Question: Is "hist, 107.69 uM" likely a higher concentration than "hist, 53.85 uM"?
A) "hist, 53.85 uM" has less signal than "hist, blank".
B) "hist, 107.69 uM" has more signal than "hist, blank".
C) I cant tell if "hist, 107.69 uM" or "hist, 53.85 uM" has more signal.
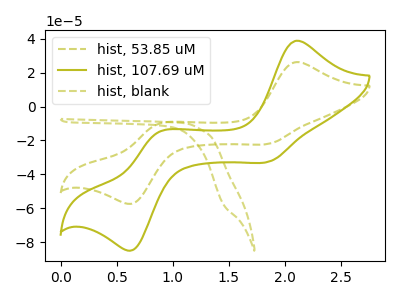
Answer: <think>The olive dashed curve "hist, 53.85 uM" has anodic peaks at (2.10V, 26.15uA) (0.85V, -10.40uA) and cathodic peaks at (1.85V, -21.75uA) (0.65V, -56.95uA). The olive curve "hist, 107.69 uM" has anodic peaks at (2.10V, 38.70uA) (0.85V, -15.40uA) and cathodic peaks at (1.85V, -32.25uA) (0.65V, -84.35uA). The olive dashed curve "hist, blank" has no peaks.
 All the peaks in "hist, 107.69 uM" have a peak in "hist, 53.85 uM" at the same potential.</think>
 <answer>C) I cant tell if "hist, 107.69 uM" or "hist, 53.85 uM" has more signal.</answer>
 <eval>C</eval>